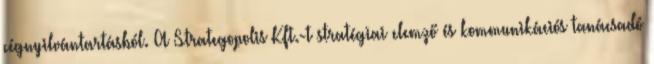
cégnyilvántartásból. A Strategopolis Kft.-t stratégiai elemző és kommunikációs tanácsadó